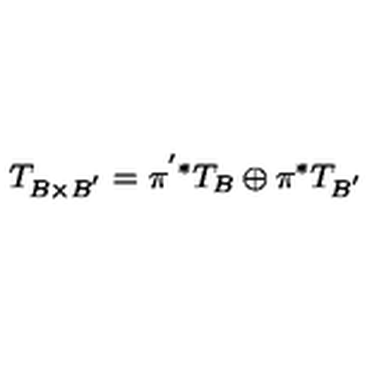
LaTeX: T _ { B \times B ^ { ' } } = \pi ^ { ' * } T _ { B } \oplus \pi ^ { * } T _ { B ^ { ' } }